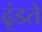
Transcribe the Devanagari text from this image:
ढूंडते